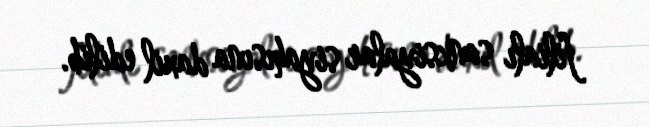
filialı sanksiyalar siyahısına daxil edilib.